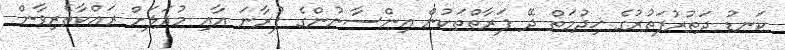
ކަނޑު ދަތުރުފަތުރުގެ ޚިދުމަތް ދޭ ފަރާތްތަކުން އިންސާނުންގެ ފުރާނަ އާއި މުދަލަށް ރައްކާތެރިވާން